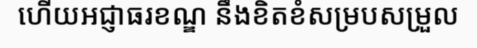
ហើយអជ្ញាធរខណ្ឌ នឹងខិតខំសម្របសម្រួល